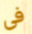
فى